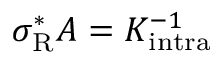
\sigma _ { \mathrm { { R } } } ^ { * } A = K _ { \mathrm { { i n t r a } } } ^ { - 1 }